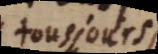
tousjours